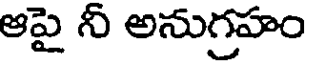
ఆపై నీ అనుగ్రహం